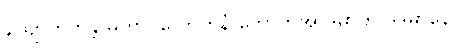
နိယျာတိတန္တိ မဟာဝိလောကနံ ဘောတိအာဒိမာဟ ဒဒမာနောပိ